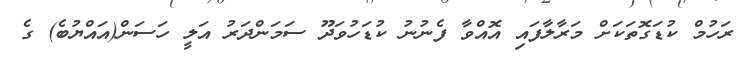
ރަހުމް ކުޑަގޮތަކަށް މަރާލާފައި އޮއްވާ ފެނުނު ކުޑަހުވަދޫ ސަމަންދަރު އަލީ ހަސަން(އައްޔުބެ) ގެ